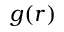
g ( r )